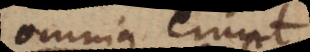
omnia erunt